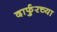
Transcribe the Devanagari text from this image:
दार्फुरच्या